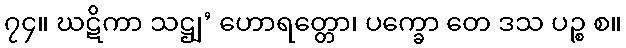
၇၄။ ဃဋိကာ သဋ္ဌျ’ ဟောရတ္တော၊ ပက္ခော တေ ဒသ ပဉ္စ စ။